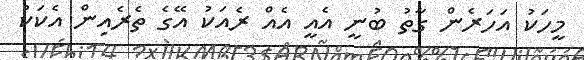
މީހަކު އަހަރެން ގާތު ބުނީ އެއީ އެއް ރެއަކު އޭގެ ތެރެއިން އެކަކު